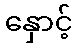
နှောင့်